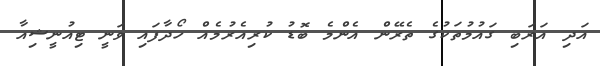
އަދި އަރަބި ގައުމުތަކުގެ ތެރޭން އެންމެ ބޮޑު ކުރިއެރުމެއް ހޯދާފައި ވަނީ ޓިއުނީޝިއާ